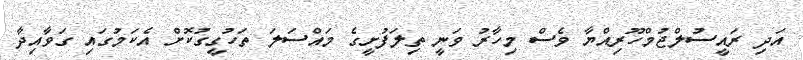
އަދި ރައީސުލްޖުމްހޫރިއްޔާ ވެސް މިހާރު ވަނީ ތިލަފުށީގެ މައްސަލަ ތަހުގީގުކޮށް އެކަމުގައި ގަވާއިދާ